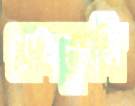
থানকুনি